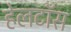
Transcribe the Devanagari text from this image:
हेलटॉस